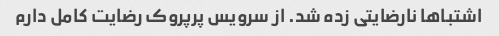
اشتباها نارضایتی زده شد. از سرویس پرپروک رضایت کامل دارم